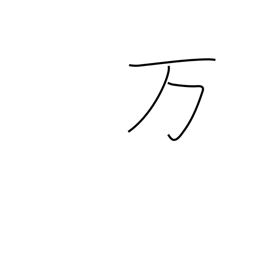
Meaning: ten thousand